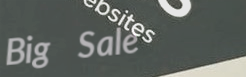
Big Sale